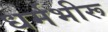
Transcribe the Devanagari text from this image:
धर्मभीरू